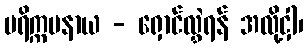
ပရိက္ကမနာယ - ရှောင်လွှဲရန် အလို့ငှါ၊